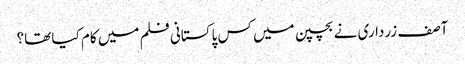
آصف زرداری نے بچپن میں کس پاکستانی فلم میں کام کیا تھا؟